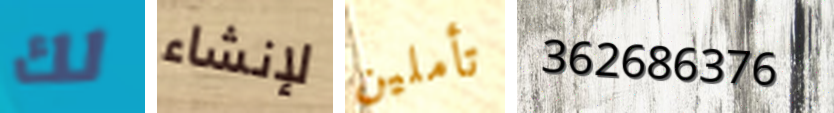
لك لإنشاء تأملين 362686376